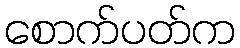
စောက်ပတ်က